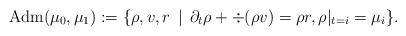
LaTeX: \begin{align*}{\rm Adm}(\mu_0,\mu_1) :=\{ \rho, v, r \,\mid\, \partial_t \rho + \div(\rho v) = \rho r, \rho|_{t=i} = \mu_i\}.\end{align*}